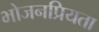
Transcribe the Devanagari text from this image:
भोजनप्रियता